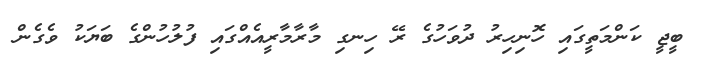
ބީޖީ ކަންމަތީގައި ހޮނިހިރު ދުވަހުގެ ރޭ ހިނގި މާރާމާރީއެއްގައި ފުލުހުންގެ ބަޔަކު ވެގެން